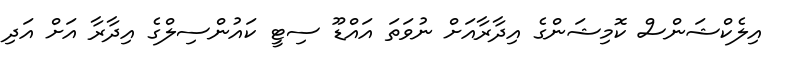
އިލެކްޝަންސް ކޮމިޝަންގެ އިދާރާއަށް ނުވަތަ އައްޑޫ ސިޓީ ކައުންސިލްގެ އިދާރާ އަށް އަދި